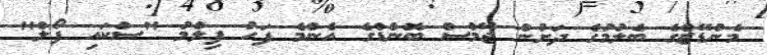
މެންޑޭޒްގެ ބެލުމުގެ ދަށުން ޖޭމްސް ބޮންޑްގެ އެންމެ ފަހު ފިލްމު "ސްކައި ފޯލް"